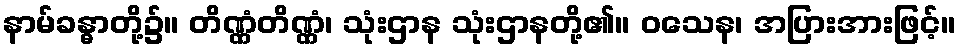
နာမ်ခန္ဓာတို့၌။ တိဏ္ဏံတိဏ္ဏံ၊ သုံးဌာန သုံးဌာနတို့၏။ ဝသေန၊ အပြားအားဖြင့်။